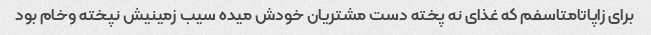
برای زاپاتامتاسفم که غذای نه پخته دست مشتریان خودش میده سیب زمینیش نپخته وخام بود